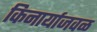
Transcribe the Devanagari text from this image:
किनार्याजवळ